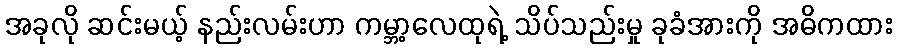
အခုလို ဆင်းမယ့် နည်းလမ်းဟာ ကမ္ဘာ့လေထုရဲ့ သိပ်သည်းမှု ခုခံအားကို အဓိကထား